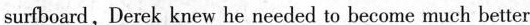
surfboard,Derck knew he needed to become much better